Report of the King Institute of Preventive Medicine, Guindy
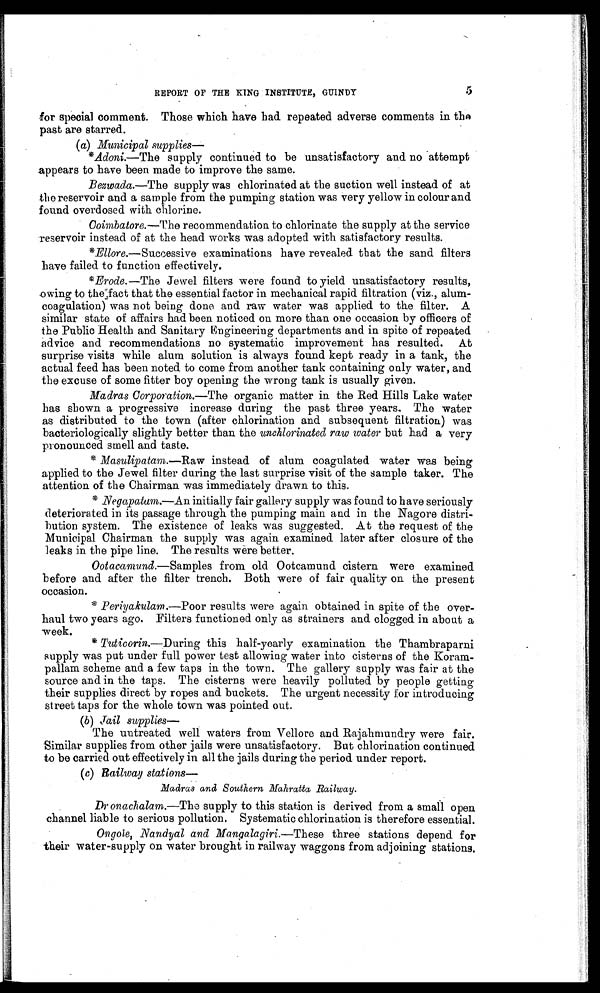
REPORT OF THE KING INSTITUTE, GUINDY
for special comment. Those which have had repeated adverse comments in the
past are starred.
(a) Municipal supplies
—
*Adoni. —The supply continued to be unsatisfactory and no attempt
appears to have been made to improve the same.
Bezwada .—The supply was chlorinated at the suction well instead of at
the reservoir and a sample from the pumping station was very yellow in colour and
found overdosed with chlorine.
Coimbatore.— The recommendation to chlorinate the supply at the service
reservoir instead of at the head works was adopted with satisfactory results.
*
Ellore .—Successive examinations have revealed that the sand filters
have failed to function effectively.
* Erode. —The Jewel filters were found to yield unsatisfactory results,
owing to the fact that the essential factor in mechanical rapid filtration (viz., alum-
coagulation) was not being done and raw water was applied to the filter. A
similar state of affairs had been noticed on more than one occasion by officers of
the Public Health and Sanitary Engineering departments and in spite of repeated
advice and recommendations no systematic improvement has resulted. At
surprise visits while alum solution is always found kept ready in a tank, the
actual feed has been noted to come from another tank containing only water, and
the excuse of some fitter boy opening the wrong tank is usually given.
Madras Corporation. —The organic matter in the Red Hills Lake water
has shown a progressive increase during the past three years. The water
as distributed to the town (after chlorination and subsequent filtration) was
bacteriologically slightly better than the unchlorinated raw water but had a very
pronounced smell and taste.
*
Masulipatam. —Raw instead of alum coagulated water was being
applied to the Jewel filter during the last surprise visit of the sample taker. The
attention of the Chairman was immediately drawn to this.
*
Negapatam. —An initially fair gallery supply was found to have seriously
deteriorated in its passage through the pumping main and in the Nagore distri--
bution system. The existence of leaks was suggested. At the request of the
Municipal Chairman the supply was again examined later after closure of the
leaks in the pipe line. The results were better.
Ootacamund.— Samples from old Ootcamund cistern were examined
before and after the filter trench. Both were of fair quality on the present
occasion.
*
Periyakulam. —Poor results were again obtained in spite of the over--
haul two years ago. Filters functioned only as strainers and clogged in about a
week.
*
Tuticorin. —During this half-yearly examination the Thambraparni
supply was put under full power test allowing water into cisterns of the Koram--
pallam scheme and a few taps in the town. The gallery supply was fair at the
source and in the taps. The cisterns were heavily polluted by people getting
their supplies direct by ropes and buckets. The urgent necessity for introducing
street taps for the whole town was pointed out.
( b ) J a i l s u p p l i e s—
The untreated well waters from Vellore and Rajahmundry were fair.
Similar supplies from other jails were unsatisfactory. But chlorination continued
to be carried out effectively in all the jails during the period under report.
(c)Railway stations —
Madras and Southern Mahratta Railway.
Dronachalam.—The supply to this station is derived from a small open
channel liable to serious pollution. Systematic chlorination is therefore essential.
Ongole, Nandyal and Mangalagiri.— These
three stations depend for
their water-supply on water brought in railway waggons from adjoining stations.